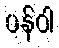
ပန်ဝါ